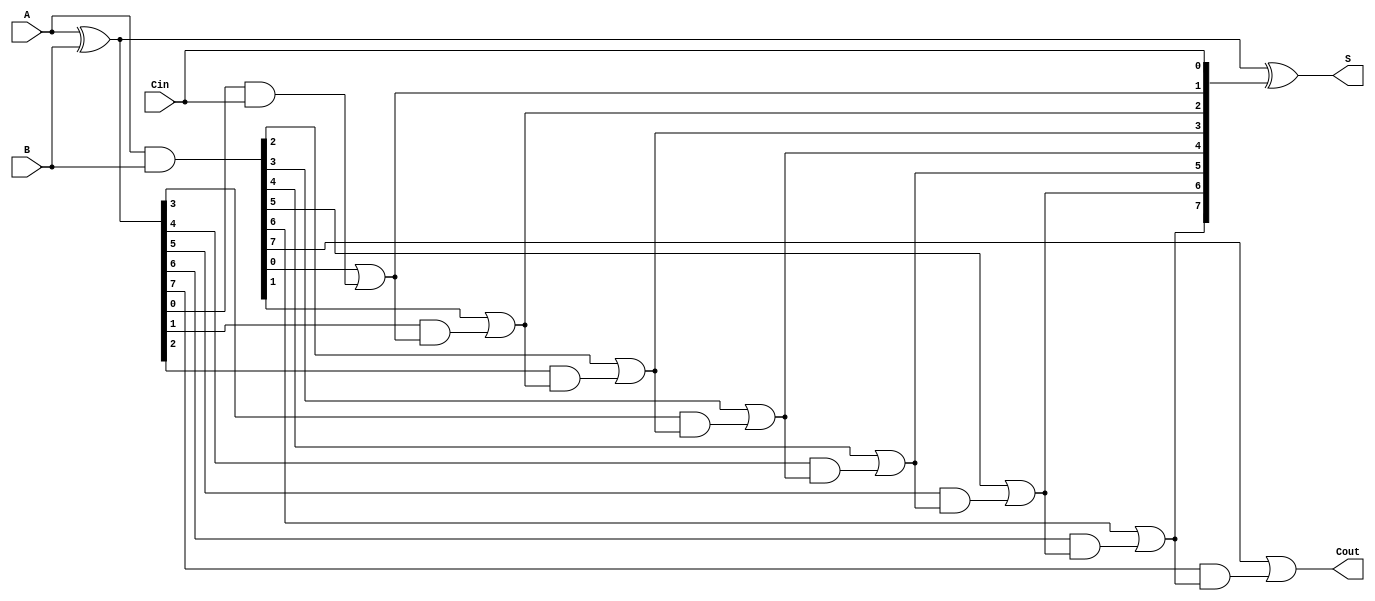
module SklanskyAdder #(parameter N = 8) (
    input  wire [N-1:0] A,      // First input
    input  wire [N-1:0] B,      // Second input
    input  wire Cin,             // Carry-in
    output wire [N-1:0] S,       // Sum output
    output wire Cout             // Carry-out
);

    // Generate and Propagate signals
    wire [N-1:0] G; // Generate
    wire [N-1:0] P; // Propagate
    wire [N:0] C;   // Carry signals

    // Generate and Propagate calculations
    assign G = A & B;           // G[i] = A[i] & B[i]
    assign P = A ^ B;           // P[i] = A[i] ^ B[i]

    // Carry calculations
    assign C[0] = Cin;          // C[0] = Cin
    genvar i;
    generate
        for (i = 1; i <= N; i = i + 1) begin : carry_generation
            assign C[i] = G[i-1] | (P[i-1] & C[i-1]); // C[i] = G[i-1] | (P[i-1] & C[i-1])
        end
    endgenerate

    // Sum calculation
    assign S = A ^ B ^ C[N-1:0]; // S[i] = A[i] ^ B[i] ^ C[i]

    // Carry-out
    assign Cout = C[N];          // Cout = C[N]

endmodule